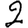
Digit: 2